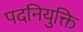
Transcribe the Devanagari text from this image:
पदनियुक्ति